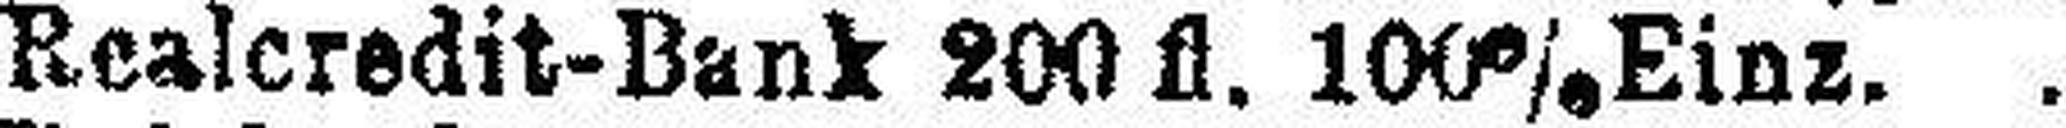
Realcredit-Bank 200 fl. 100% Einz.